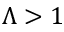
\Lambda > 1